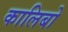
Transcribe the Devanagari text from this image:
कालिबो